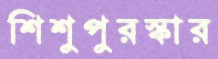
শিশুপুরস্কার